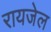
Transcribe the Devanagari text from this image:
रायजेल